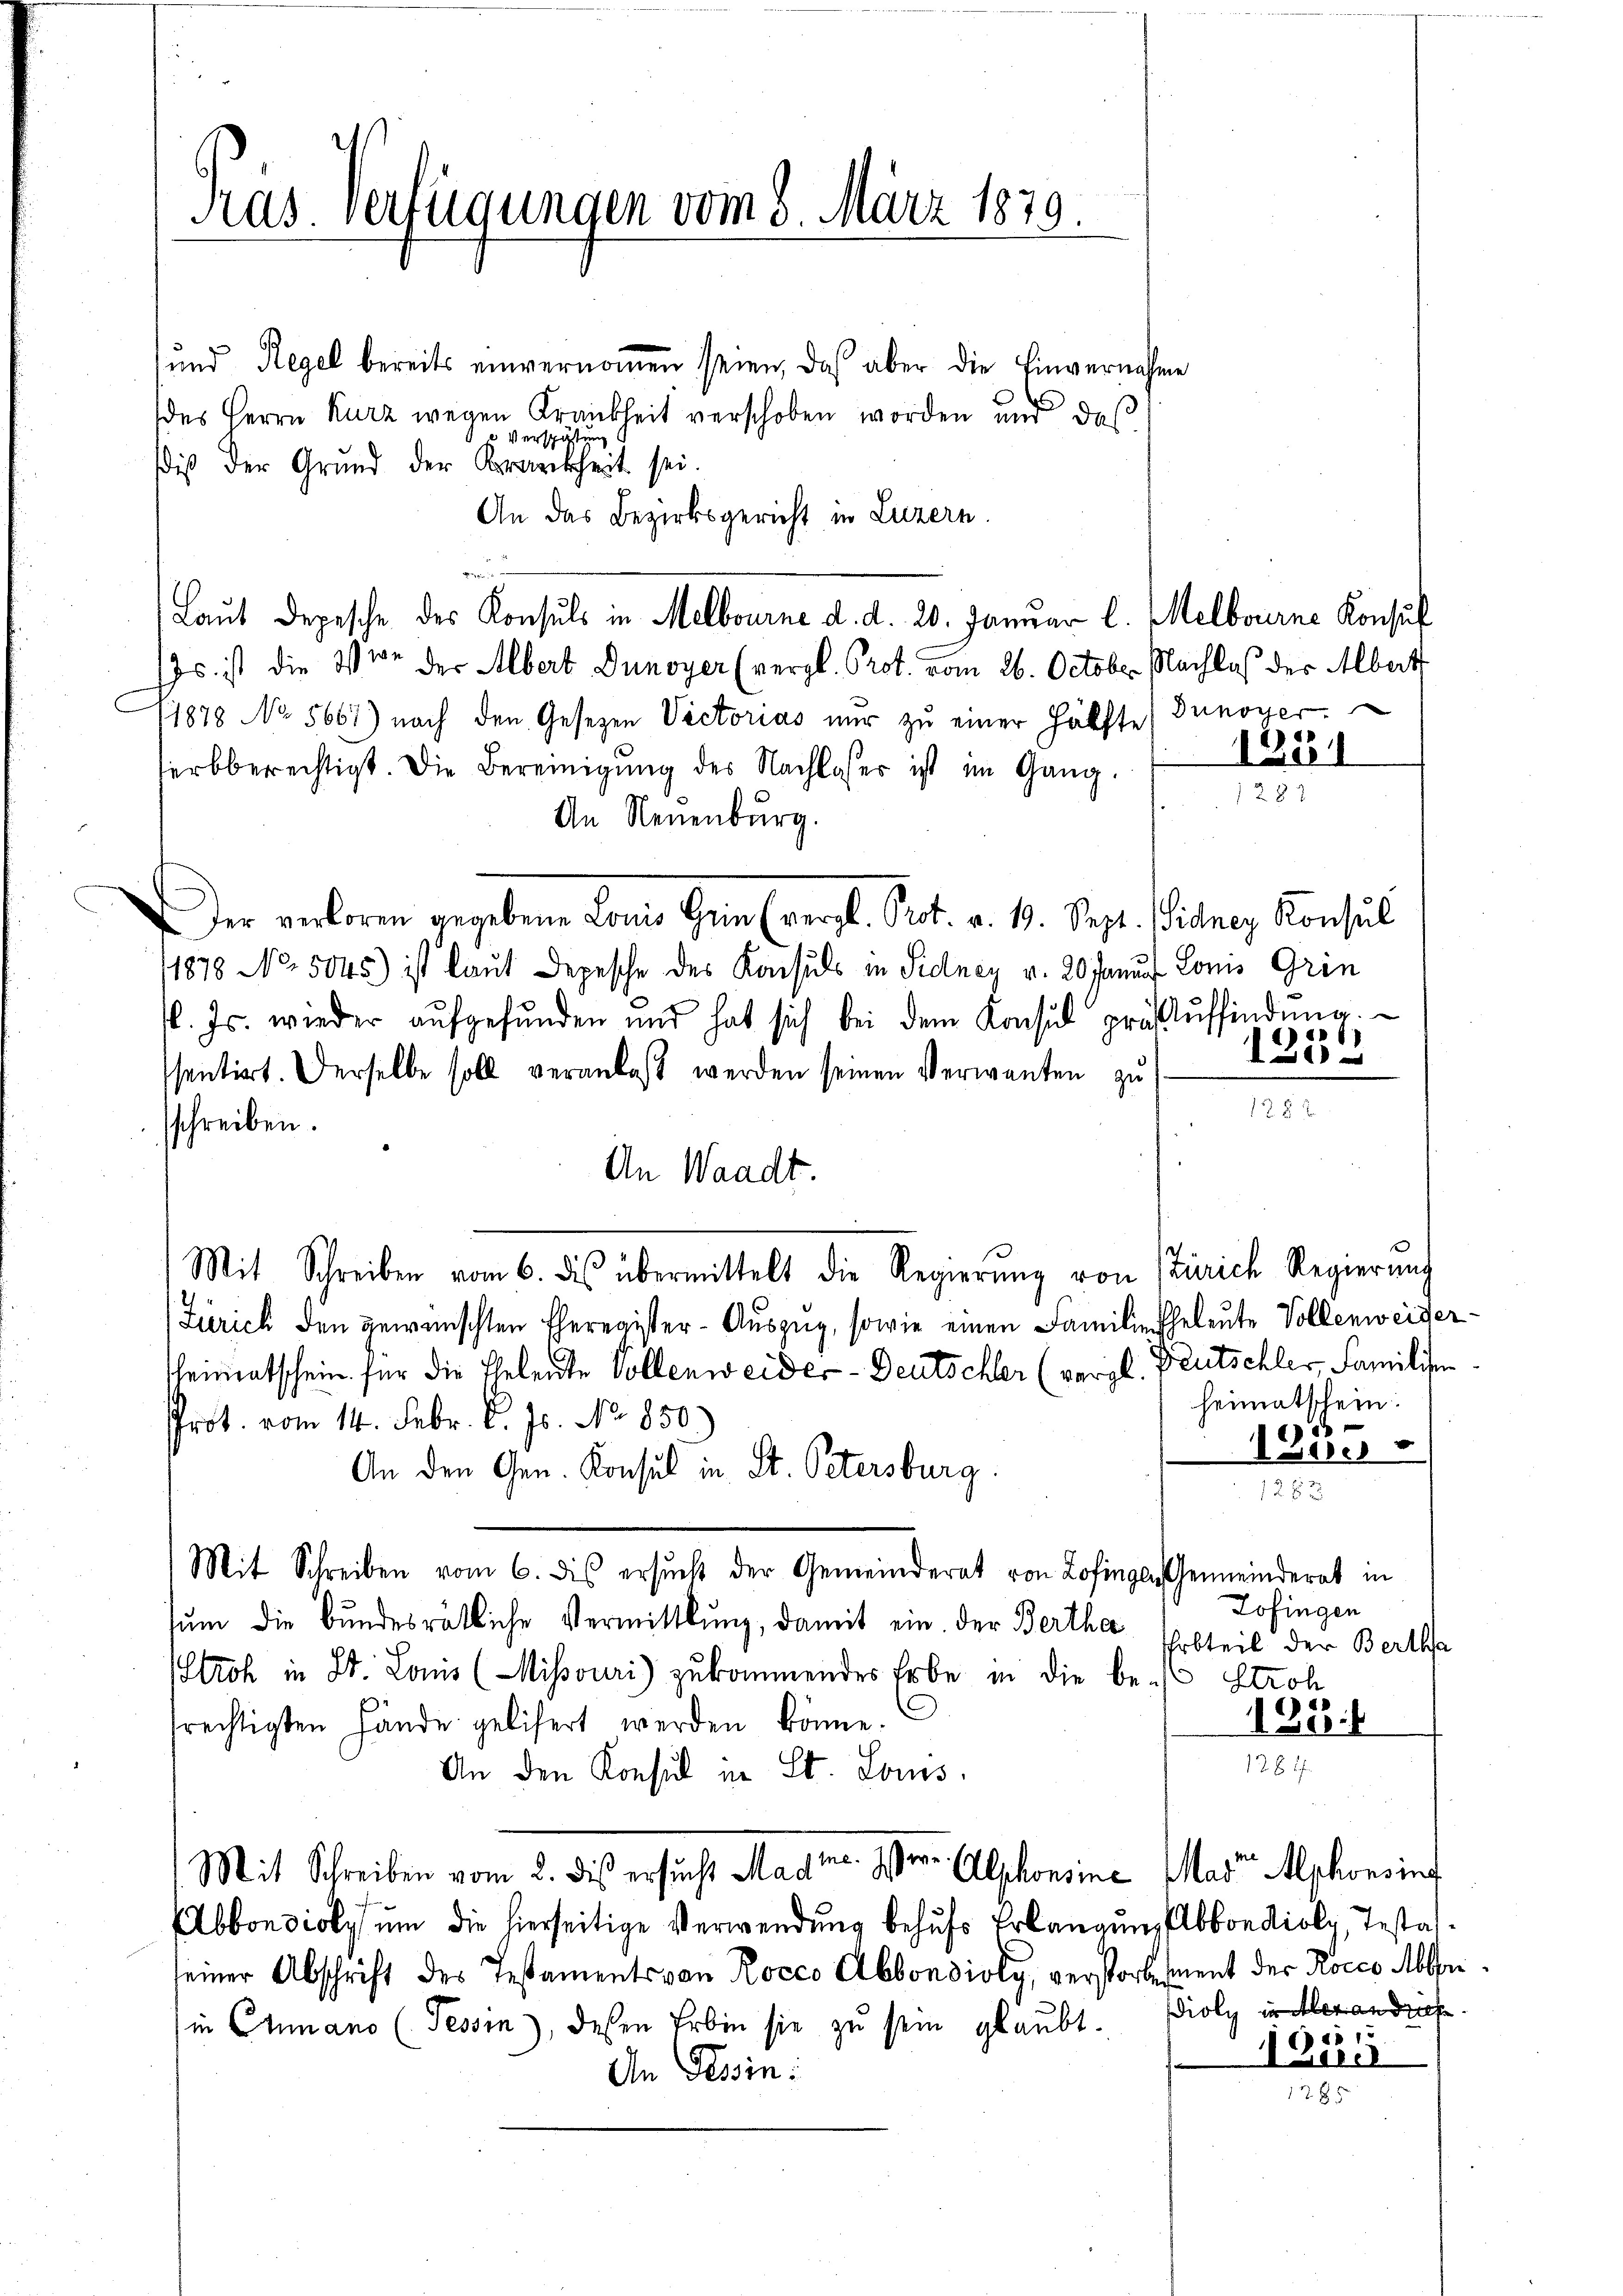
und Regel bereits einvernoṁen seien, das aber die Einvernahme
des Herrn Kurz wegen Krankheit verschoben worden und daß
 Verspätung
sis der Grund der Krankheit sei.
An das Bezirksgericht in Luzern.
Laut Depesche des Konsuls in Melbourne d. d. 20. Januar l. Melbourne Konsul
s ist die Vor der Albert Dunoyer (vergl. Prot. vom 26. October Nachlaß der Albert
11878 No 5667) nach den Gesezen Victorias nŭr zŭ einer Hälfte (unoyer
erbberechtigt. Die Bereinigung des Nachlasser ist im Gang.
1287
An Neuenburg.
Der enform gegebene Lomi Gerin (vergl. Prot. v. 19. Sept. ihrer Konsul
1878 No. 5045) ist laut Depesche des Konsuls in Sidney v. 20 Janus Lonis Grin
1. Js. wieder aŭfgefŭnden und hat sich bei dem Konsul präklŭffindŭng.
sentirt. Derselbe soll veranlaß werden seinen Verwanten zu
sschreiben.
An Waadt.
Mit Schreiben vom 6. des übermittelt die Regierŭng von Zürich Regierŭng
Zürich den gewünschten Eheregister-Auszug, sowie einen Familie Eheleute Vollenweiser-
leimatschein für die Eheleute Vollenweider- Deutschler (vergl. Deutschler Familien
heimatschein.
Prot. vom 14. Febr. l. Js. No 850.)
ees
An den Gen. Konsul in St. Petersburg.
1282
Mit Schreiben vom 6. dis ersŭcht der Gemeinderat von Zofingen Gemeinderat in
Zofingen
tŭm die bundesrätliche Vermittlung, damit ein. Der Bertha
Erbteil der Bertha
Stroh in Dr. Louis (Mihsouri) zukommendes Erbe in die be- Stroh
frechtigten Hände gelisert werden könne.
384
1261
An den Konsul in St. Lois.
Mit Schreiben vom 2. des ersucht Magn. Dr. Alphonsine Mart schonsing
Abbondioly um die hierseitige Verwendung behufs Erlangung Abbondioly, Testatseiner Abschrift des Testaments von Rocco Abbondioly, verstorbement der Rocco Able
in Chumano (Tessin, dessen Erbin sie zŭ sein glaubt.
An Tessin:
128

Pras. Verfügungen vom 8. März 1879.

1251

1
130

12 § 2

)

ioly in Aber andreche
1515
Eun